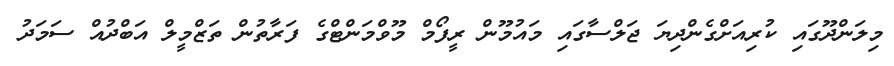
މިލަންދޫގައި ކުރިއަށްގެންދިޔަ ޖަލްސާގައި މައުމޫން ރީފޯމް މޫވްމަންޓްގެ ފަރާތުން ތަޒްމީލް އަބްދުއް ސަމަދު